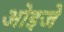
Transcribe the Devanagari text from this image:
ओइजे